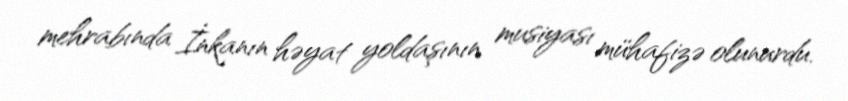
mehrabında İnkanın həyat yoldaşının musiyası mühafizə olunurdu.